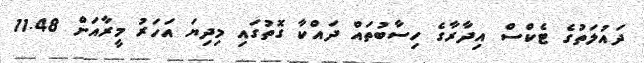
ދައުލަތުގެ ޓެކްސް އިދާރާގެ ހިސާބުތައް ދައްކާ ގޮތުގައި މިދިޔަ އަހަރު މީރާއަށް 11.48